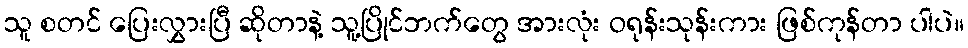
သူ စတင် ပြေးလွှားပြီ ဆိုတာနဲ့ သူ့ပြိုင်ဘက်တွေ အားလုံး ဝရုန်းသုန်းကား ဖြစ်ကုန်တာ ပါပဲ။